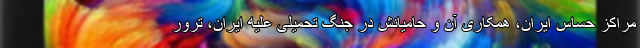
مراکز حساس ایران، همکاری آن و حامیانش در جنگ تحمیلی علیه ایران، ترور